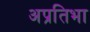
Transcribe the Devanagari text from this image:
अप्रतिभा